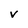
Character: v